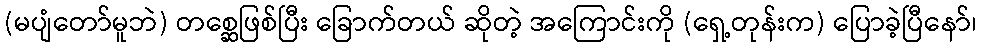
(မပျံတော်မူဘဲ) တစ္ဆေဖြစ်ပြီး ခြောက်တယ် ဆိုတဲ့ အကြောင်းကို (ရှေ့တုန်းက) ပြောခဲ့ပြီနော်၊